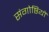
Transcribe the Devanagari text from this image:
संगोष्ठियॉ